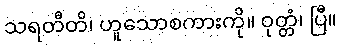
သရတီတိ၊ ဟူသောစကားကို။ ဝုတ္တံ၊ ပြီ။